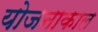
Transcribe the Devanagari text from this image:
योजनाकाल